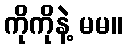
ကိုကိုနဲ့ မမ။